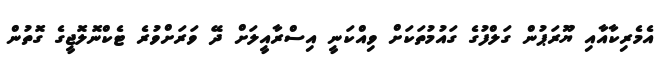
އެމެރިކާއާއި ޔޫރަޕުން ގަލްފުގެ ގައުމުތަކަށް ވިއްކަނީ އިސްރާއީލަށް ދޭ ވަރަށްވުރެ ޓެކްނޮލޮޖީގެ ގޮތުން